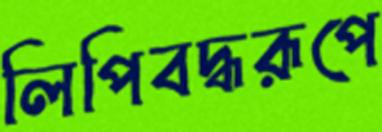
লিপিবদ্ধরূপে